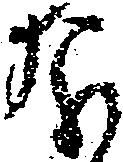
な